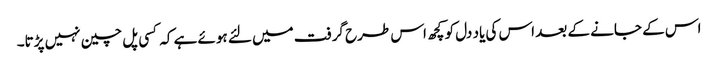
اس کے جانے کے بعد اس کی یاد دل کو کچھ اس طرح گرفت میں لئے ہوئے ہے کہ کسی پل چین نہیں پڑتا۔